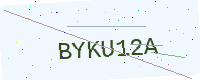
Text: BYKU12A